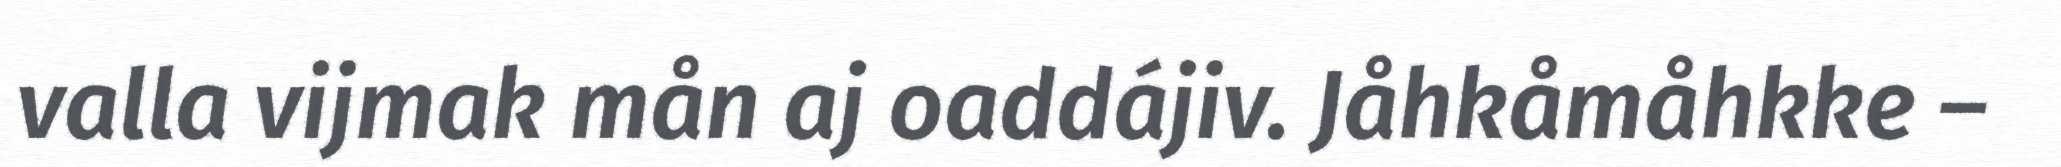
valla vijmak mån aj oaddájiv. Jåhkåmåhkke –